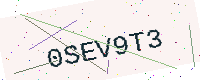
Text: 0SEV9T3